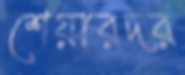
শেয়ারদর